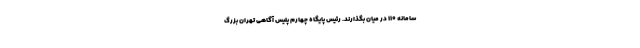
سامانه ۱۱۰ در میان بگذارند. رئیس پایگاه چهارم پلیس آگاهی تهران بزرگ